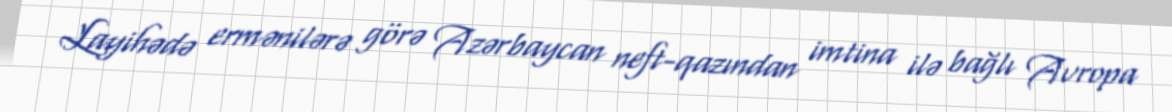
Layihədə ermənilərə görə Azərbaycan neft-qazından imtina ilə bağlı Avropa